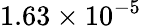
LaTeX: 1.63\times 10^{-5}